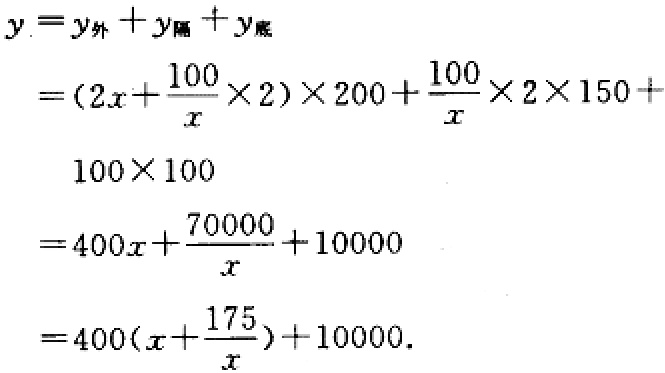
\[

\begin{align*}

y&=y_{外}+y_{隔}+y_{底}\\

&=(2x + \frac{100}{x}\times2)\times200+\frac{100}{x}\times2\times150+\\

&\ \ \ 100\times100\\

&=400x+\frac{70000}{x}+10000\\

&=400(x+\frac{175}{x})+10000.

\end{align*}

\]